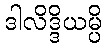
ဒါလိဒ္ဒိယမ္ပိ